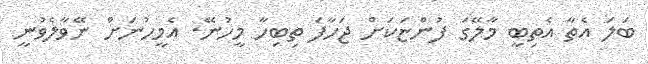
ބަލަ އެތާ އެތިބީ މާލޭގަ ފުންޏަކަށް ޖަހާފަ ތިބިހާ މީހުނޭ. އެމީހުނަށް ނޭވާލެވުނީ